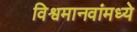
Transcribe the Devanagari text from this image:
विश्वमानवांमध्ये